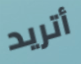
أتريد